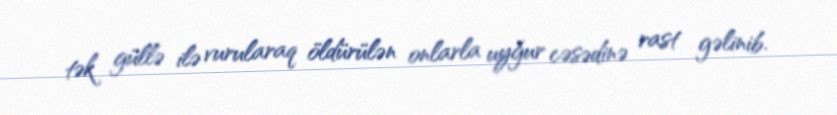
tək güllə ilə vurularaq öldürülən onlarla uyğur cəsədinə rast gəlinib.